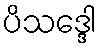
ပိသဒ္ဒေါ